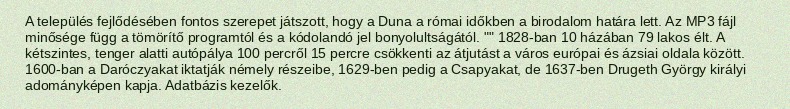
A település fejlődésében fontos szerepet játszott, hogy a Duna a római időkben a birodalom határa lett. Az MP3 fájl minősége függ a tömörítő programtól és a kódolandó jel bonyolultságától. "" 1828-ban 10 házában 79 lakos élt. A kétszintes, tenger alatti autópálya 100 percről 15 percre csökkenti az átjutást a város európai és ázsiai oldala között. 1600-ban a Daróczyakat iktatják némely részeibe, 1629-ben pedig a Csapyakat, de 1637-ben Drugeth György királyi adományképen kapja. Adatbázis kezelők.